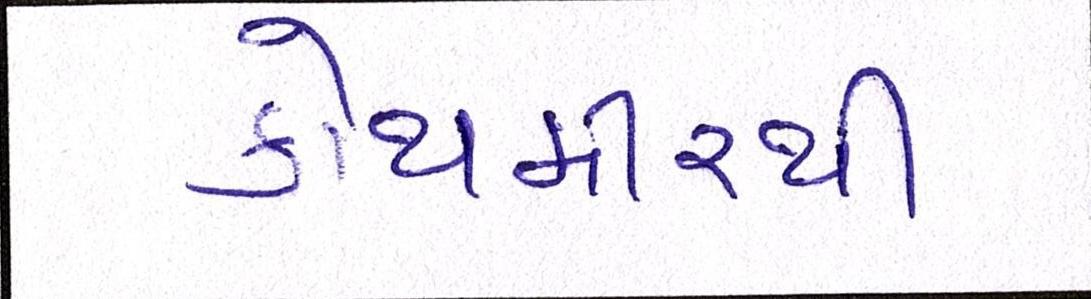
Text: કોથમીરથી